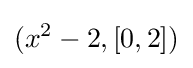
(x^{2}-2,[0,2])